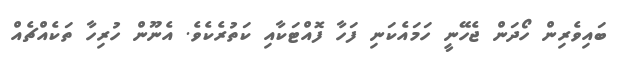
ބައިވެރިން ހޯދަން ޖެހޭނީ ހަމައެކަނި ފަހާ ފޮއްޓަކާއި ކަތުރެކެވެ. އެނޫން ހުރިހާ ތަކެއްޗެއް